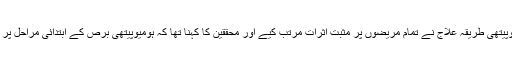
تحقیق کے مطابق ہومیوپیتھی طریقہ علاج نے تمام مریضوں پر مثبت اثرات مرتب کیے اور محققین کا کہنا تھا کہ ہومیوپیتھی برص کے ابتدائی مراحل پر موثر ثابت ہوسکتا ہے۔